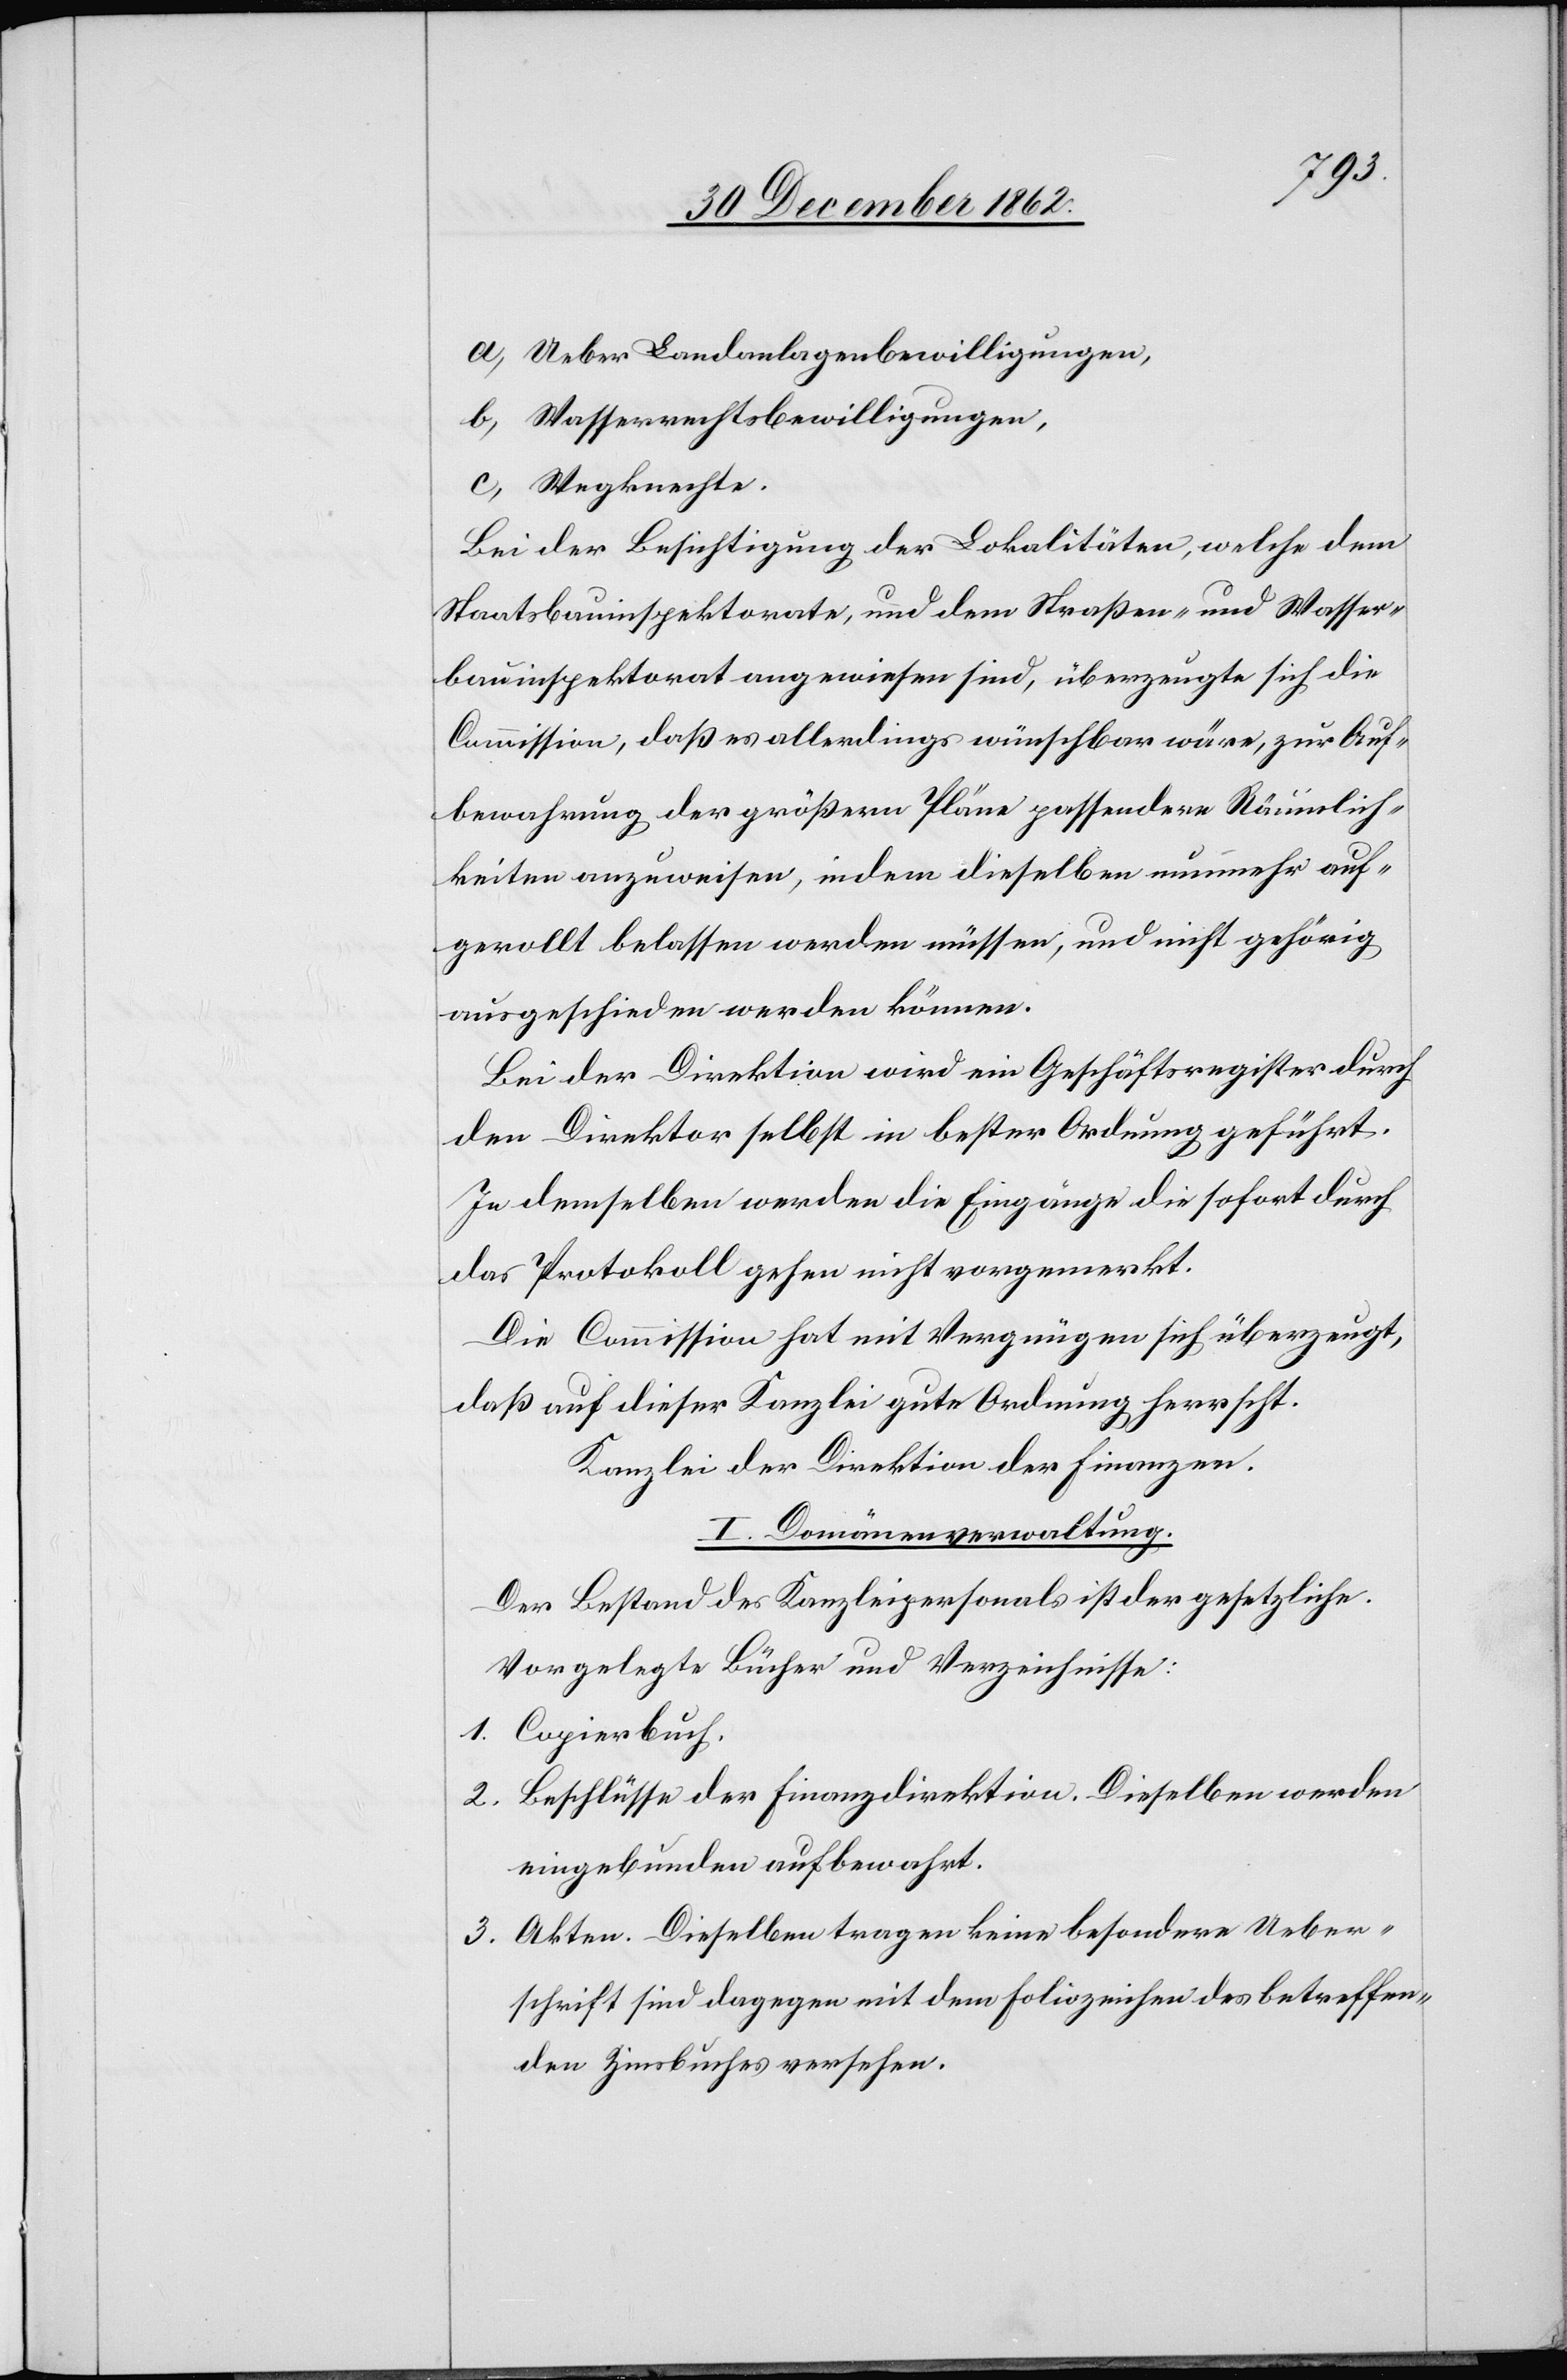
a) Ueber Landanlagenbewilligungen,
b) Wasserrechtsbewilligungen,
c) Wegknechte.
Bei der Besichtigung der Lokalitäten, welche dem
Staatsbauinspektorate, und dem Straßen- und Wasser¬
bauinspektorat angewiesen sind, überzeugte sich die
Commission, daß es allerdings wünschbar wäre, zur Auf¬
bewahrung der größern Pläne passendere Räumlich¬
keiten anzuweisen, indem dieselben nunmehr auf¬
gerollt belassen werden müssen, und nicht gehörig
ausgeschieden werden können.
Bei der Direktion wird ein Geschäftsregister durch
den Direktor selbst in bester Ordnung geführt.
In demselben werden die Eingänge die sofort durch
das Protokoll gehen nicht vorgemerkt.
Die Commission hat mit Vergnügen sich überzeugt,
daß auf dieser Kanzlei gute Ordnung herrscht.
Kanzlei der Direktion der Finanzen.
I. Domänenverwaltung.
Der Bestand des Kanzleipersonals ist der gesetzliche.
Vorgelegte Bücher und Verzeichnisse.
1. Copierbuch.
2. Beschlüsse der Finanzdirektion. Dieselben werden
eingebunden aufbewahrt.
3. Akten. Dieselben tragen keine besondere Ueber¬
schrift sind dagegen mit dem Foliozeichen des betreffen¬
den Zinsbuches versehen.